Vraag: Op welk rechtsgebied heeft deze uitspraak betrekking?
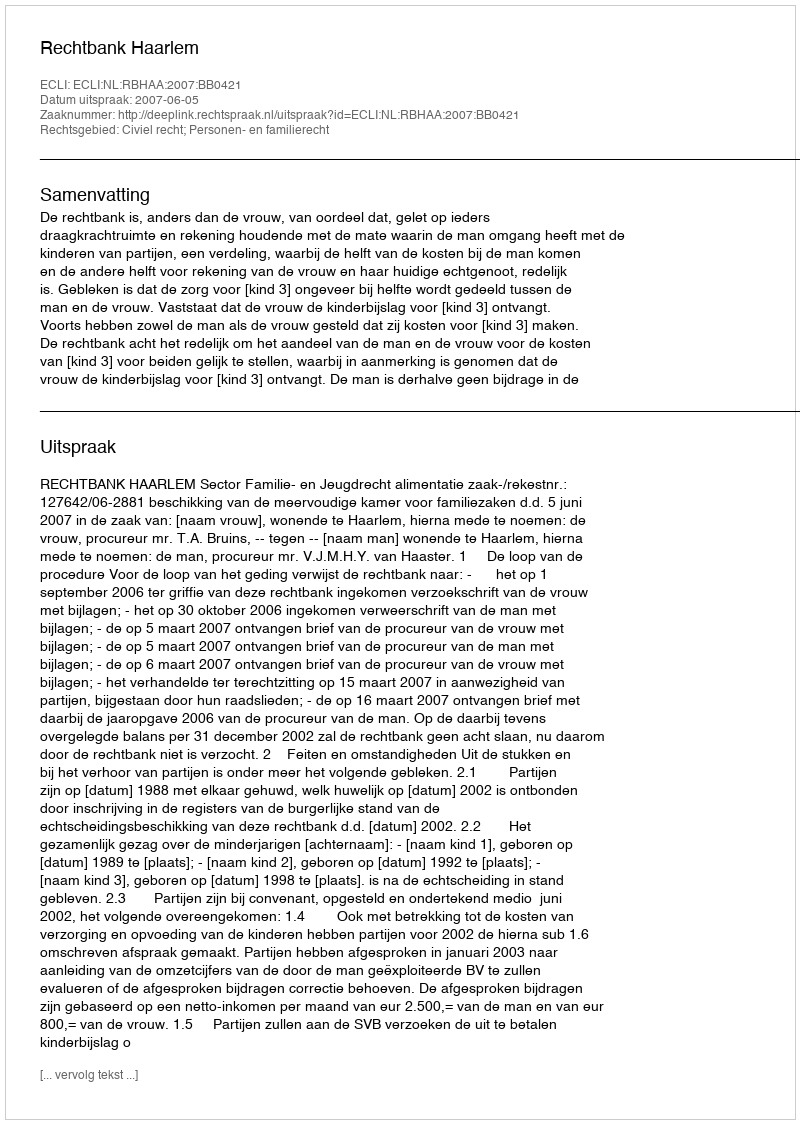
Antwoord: Civiel recht; Personen- en familierecht